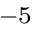
^ { - 5 }